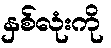
နှစ်လုံးကို